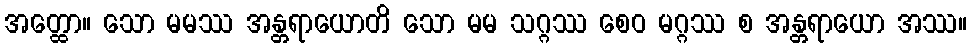
အတ္ထော။ သော မမဿ အန္တရာယောတိ သော မမ သဂ္ဂဿ စေဝ မဂ္ဂဿ စ အန္တရာယော အဿ။